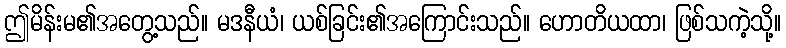
ဤမိန်းမ၏အတွေ့သည်။ မဒနီယံ၊ ယစ်ခြင်း၏အကြောင်းသည်။ ဟောတိယထာ၊ ဖြစ်သကဲ့သို့။